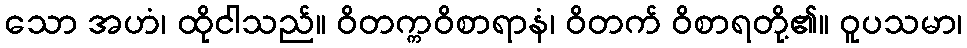
သော အဟံ၊ ထိုငါသည်။ ဝိတက္ကဝိစာရာနံ၊ ဝိတက် ဝိစာရတို့၏။ ဝူပသမာ၊